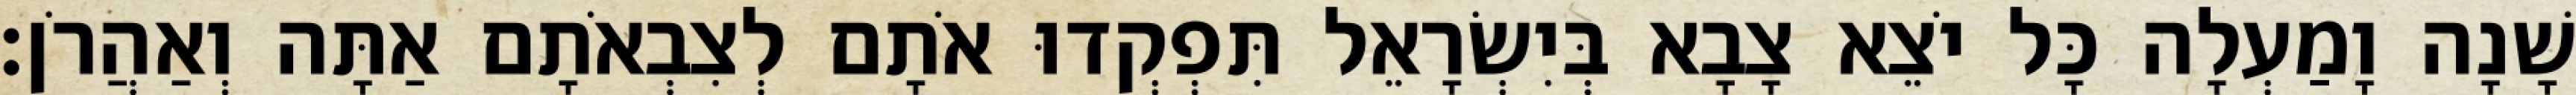
שָׁנָה וָמַעְלָה כָּל יֹצֵא צָבָא בְּיִשְׂרָאֵל תִּפְקְדוּ אֹתָם לְצִבְאֹתָם אַתָּה וְאַהֲרֹן׃